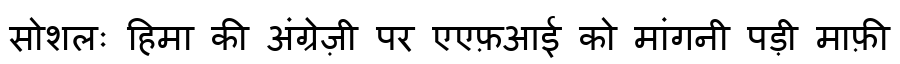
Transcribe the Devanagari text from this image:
सोशलः हिमा की अंग्रेज़ी पर एएफ़आई को मांगनी पड़ी माफ़ी